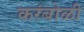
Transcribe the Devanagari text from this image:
करंबोळी